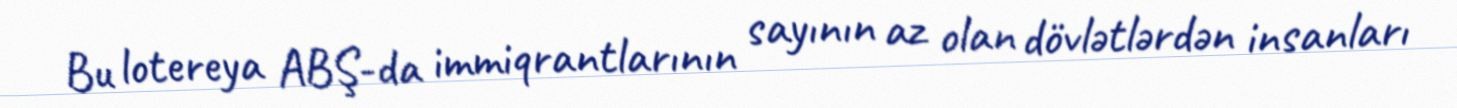
Bu lotereya ABŞ-da immiqrantlarının sayının az olan dövlətlərdən insanları